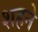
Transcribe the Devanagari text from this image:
शहने